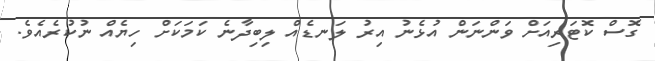
ގޮސް ކޮޓަރިއަށް ވަންނަން އުޅެނު އިރު ލަނޑެއް ލިބިދާނެ ކަމަކަށް ހިޔެއް ނުކުރެއެވެ.